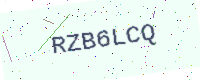
Text: RZB6LCQ